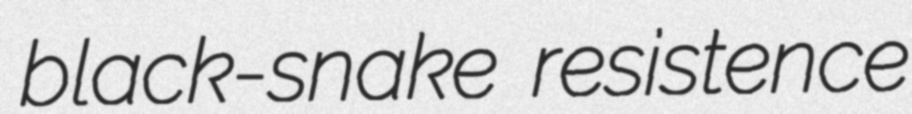
black-snake resistence